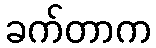
ခက်တာက